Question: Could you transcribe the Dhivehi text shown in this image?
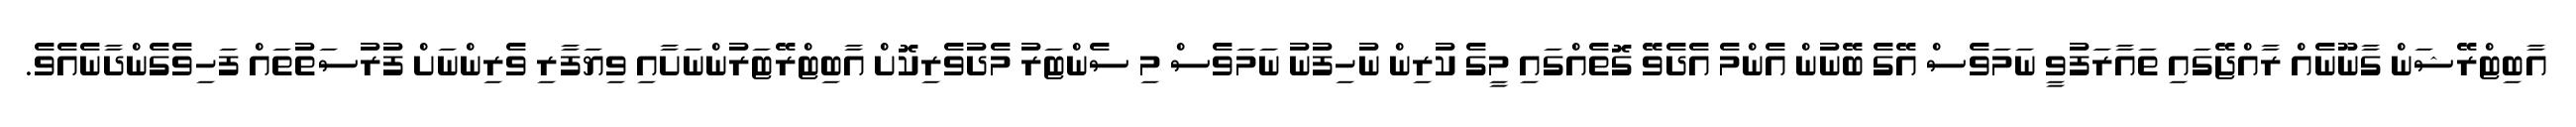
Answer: އާބިޓްރޭޝަން ގާނޫނެއް ރާއްޖޭގައި ތައާރަފުވީ ނަމަވެސް އޭގެ ބޭނުން އެންމެ އެދެވޭ ގޮތެއްގައި މީގެ ކުރިން ނުހިފުނު ނަމަވެސް މި ސެންޓަރު މެދުވެރިކޮށް އާބިޓްރޭޓަރުންނަށާއި ވިޔަފާރި ވެރިންނަށް ފުރުސަތުތައް ފަހިވެގެންދާނެއެވެ.